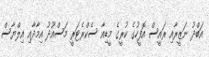
އަބްދު ނަޒީރާއި ރައީސް އޮފީހުގެ ކުރީގެ މީޑިއާ ސެކްރެޓަރީ މަސްއޫދު އިމާދާއި އިލްޔާސް